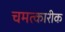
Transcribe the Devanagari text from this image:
चमत्कारीक